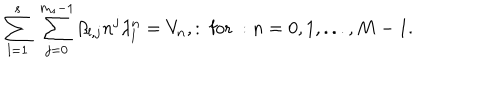
LaTeX: \displaystyle \sum _ { l = 1 } ^ { s } \; \displaystyle \sum _ { j = 0 } ^ { m _ { s } - 1 } \beta _ { l , j } n ^ { j } \lambda _ { l } ^ { n } = V _ { n } , : \mathrm { ~ f o r ~ } : n = 0 , 1 , . . . , M - 1 .